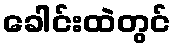
ခေါင်းထဲတွင်